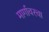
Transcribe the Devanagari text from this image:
मार्गावरचा